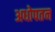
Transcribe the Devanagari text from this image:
अधोपतन